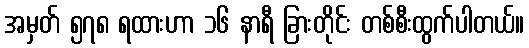
အမှတ် ၅၇၈ ရထားဟာ ၁၆ နာရီ ခြားတိုင်း တစ်စီးထွက်ပါတယ်။